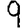
Digit: 9